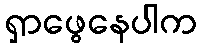
ရှာဖွေနေပါက